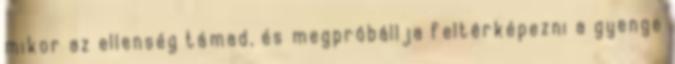
mikor az ellenség támad, és megpróbállja feltérképezni a gyenge